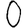
Digit: 0